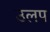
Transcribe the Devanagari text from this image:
उलप